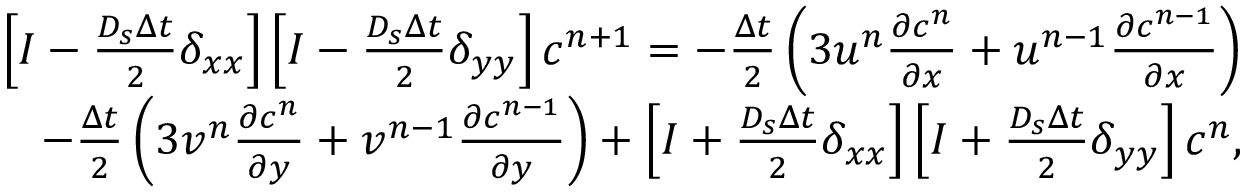
\begin{array} { r } { \left[ I - \frac { D _ { s } \Delta t } { 2 } \delta _ { x x } \right] \left[ I - \frac { D _ { s } \Delta t } { 2 } \delta _ { y y } \right] c ^ { n + 1 } = - \frac { \Delta t } { 2 } \left( 3 u ^ { n } \frac { \partial c ^ { n } } { \partial x } + u ^ { n - 1 } \frac { \partial c ^ { n - 1 } } { \partial x } \right) } \\ { - \frac { \Delta t } { 2 } \left( 3 v ^ { n } \frac { \partial c ^ { n } } { \partial y } + v ^ { n - 1 } \frac { \partial c ^ { n - 1 } } { \partial y } \right) + \left[ I + \frac { D _ { s } \Delta t } { 2 } \delta _ { x x } \right] \left[ I + \frac { D _ { s } \Delta t } { 2 } \delta _ { y y } \right] c ^ { n } , } \end{array}